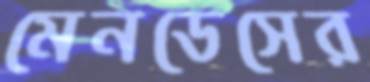
মেনডেসের